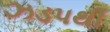
ઝડપથી